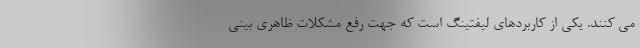
می کنند. یکی از کاربردهای لیفتینگ است که جهت رفع مشکلات ظاهری بینی